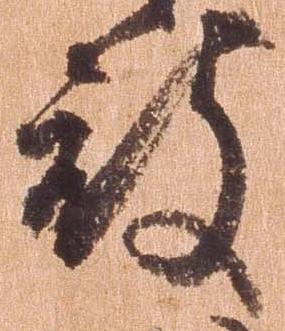
被